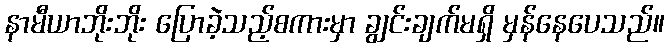
နာမီယာဘိုးဘိုး ပြောခဲ့သည့်စကားမှာ ချွင်းချက်မရှိ မှန်နေပေသည်။